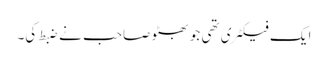
ایک فیکٹری تھی جو بھٹو صاحب نے ضبط کی۔